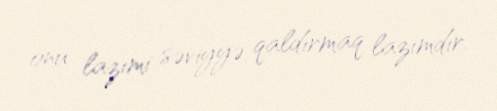
onu lazımi səviyyə qaldırmaq lazımdır.